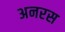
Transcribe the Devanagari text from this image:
अनरस